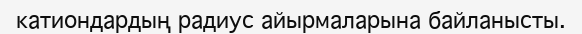
катиондардың радиус айырмаларына байланысты.